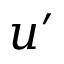
u ^ { \prime }